画像に写った文字を読んでください
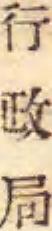
「行政局」と書いてあります